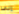
إلى